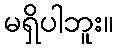
မရှိပါဘူး။